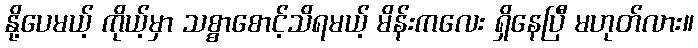
နို့ပေမယ့် ကိုယ့်မှာ သစ္စာစောင့်သိရမယ့် မိန်းကလေး ရှိနေပြီ မဟုတ်လား။